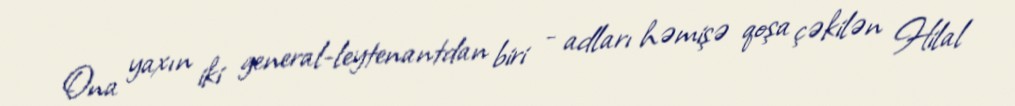
Ona yaxın iki general-leytenantdan biri - adları həmişə qoşa çəkilən Hilal